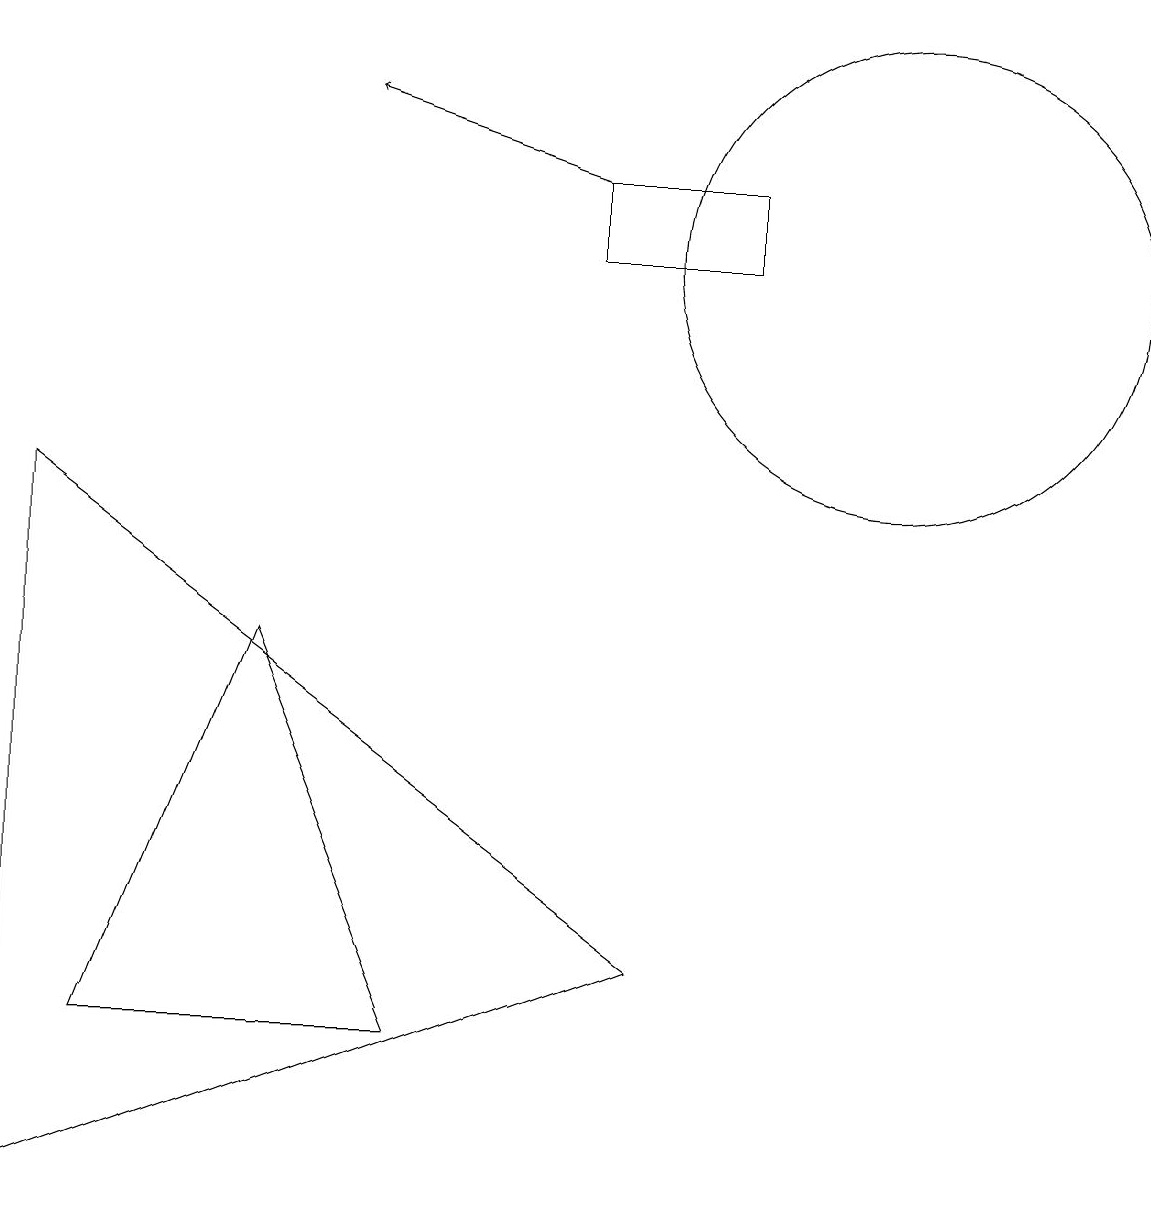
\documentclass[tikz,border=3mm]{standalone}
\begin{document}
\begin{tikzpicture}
\draw (7,13) rectangle (9,12);
\draw (11,12) circle (3);
\draw (3,7) -- (5,2) -- (1,2) -- cycle;
\draw (0,9) -- (8,3) -- (0,0) -- cycle;
\draw[->] (7,13) -- (4,14);
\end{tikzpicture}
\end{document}